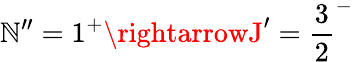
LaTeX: \mathbb{N}^{\prime\prime}=1^{+}\rightarrowJ^{\prime}={\frac{{3}}{{2}}}^{-}